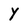
Character: Y